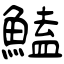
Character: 鰪